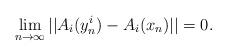
LaTeX: \begin{align*}\lim_{n\to\infty}||A_i(y_n^i)-A_i(x_n)||=0.\end{align*}